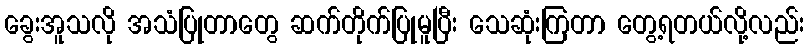
ခွေးအူသလို အသံပြုတာတွေ ဆက်တိုက်ပြုမူပြီး သေဆုံးကြတာ တွေ့ရတယ်လို့လည်း